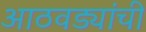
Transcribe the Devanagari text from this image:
आठवड्यांची